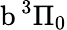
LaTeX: \textrm{b}\, ^{3}\Pi_{0}